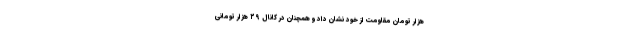
هزار تومان مقاومت از خود نشان داد و همچنان در کانال ۲۹ هزار تومانی